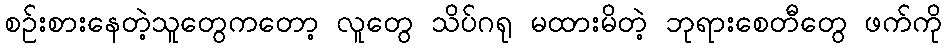
စဉ်းစားနေတဲ့သူတွေကတော့ လူတွေ သိပ်ဂရု မထားမိတဲ့ ဘုရားစေတီတွေ ဖက်ကို